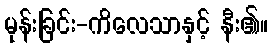
မုန်းခြင်း-ကိလေသာနှင့် နီး၏။